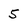
Character: 5